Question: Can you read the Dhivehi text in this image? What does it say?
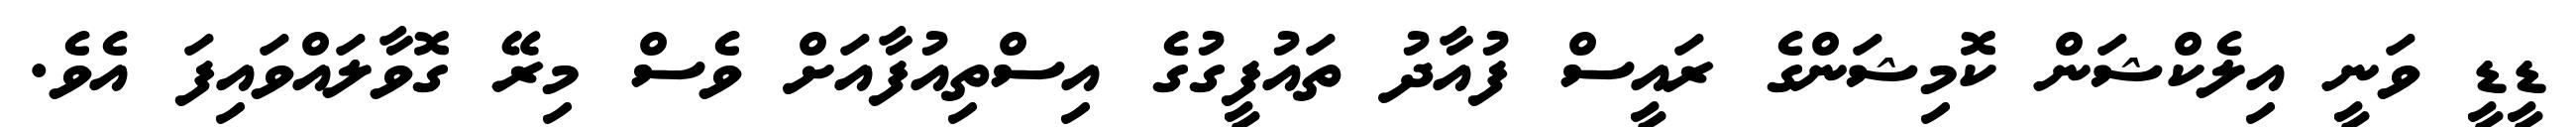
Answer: ޑީޑީ ވަނީ އިލެކްޝަން ކޮމިޝަންގެ ރައީސް ފުއާދު ތައުފީގުގެ އިސްތިއުފާއަށް ވެސް މިރޭ ގޮވާލައްވައިފަ އެވެ.